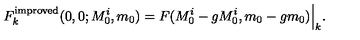
F _ { k } ^ { \mathrm { i m p r o v e d } } ( 0 , 0 ; M _ { 0 } ^ { i } , m _ { 0 } ) = F ( M _ { 0 } ^ { i } - g M _ { 0 } ^ { i } , m _ { 0 } - g m _ { 0 } ) \Big | _ { k } .